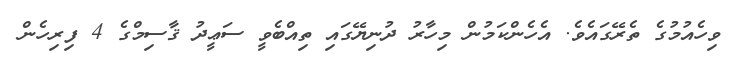
ވިހެއުމުގެ ތެރޭގައެވެ. އެހެންކަމުން މިހާރު ދުނިޔޭގައި ތިއްބެވީ ސަޢީދު ޤާސިމްގެ 4 ފިރިހެން